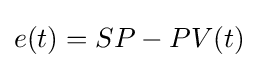
e(t)=SP-PV(t)